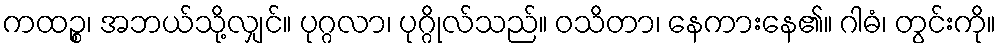
ကထဉ္စ၊ အဘယ်သို့လျှင်။ ပုဂ္ဂလာ၊ ပုဂ္ဂိုလ်သည်။ ဝသိတာ၊ နေကားနေ၏။ ဂါဓံ၊ တွင်းကို။